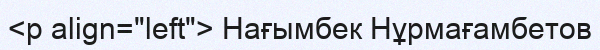
<p align="left"> Нағымбек Нұрмағамбетов